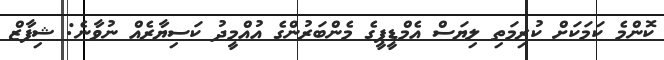
ކޮންމެ ކަމަކަށް ކުރިމަތި ލިޔަސް އެމްޑީޕީގެ މެންބަރުންގެ އުއްމީދު ކަސިޔާރެއް ނުވާނެ: ޝިފާޒް